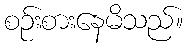
စဉ်းစားနေမိသည်။